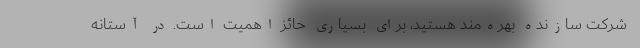
شرکت سازنده بهره‌مند هستید، برای بسیاری حائز اهمیت است. در آستانه